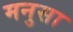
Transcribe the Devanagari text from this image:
मनुसा